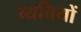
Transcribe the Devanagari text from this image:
व्यत्तियों